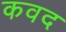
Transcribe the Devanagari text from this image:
कवद